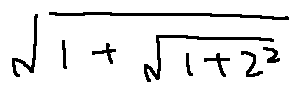
\sqrt { 1 + \sqrt { 1 + z ^ { 2 } } }